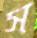
স